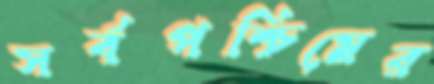
সর্বপশ্চিমের